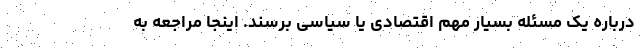
درباره یک مسئله بسیار مهم اقتصادی یا سیاسی برسند. اینجا مراجعه به